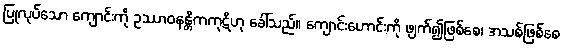
ပြုလုပ်သော ကျောင်းကို ဥဿာဝနန္တိကကုဋိဟု ခေါ်သည်။ ကျောင်းဟောင်းကို ဖျက်၍ဖြစ်စေ၊ အသစ်ဖြစ်စေ